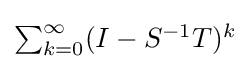
{\textstyle \sum _{k=0}^{\infty }(I-S^{-1}T)^{k}}